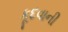
કૂદવાની